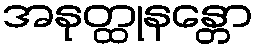
အနုတ္ထုနန္တော